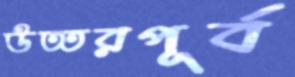
উত্তরপূর্ব